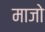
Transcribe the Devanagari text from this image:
माजो